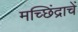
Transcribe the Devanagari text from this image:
मच्छिंद्राचें